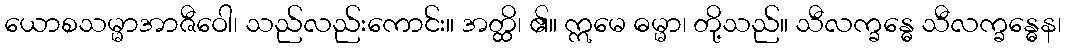
ယောစသမ္မာအာဇီဝေါ၊ သည်လည်းကောင်း။ အတ္ထိ၊ ၏။ ဣမေ ဓမ္မာ၊ တို့သည်။ သီလက္ခန္ဓေ သီလက္ခန္ဓေန၊